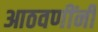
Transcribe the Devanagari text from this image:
आठवणींनी